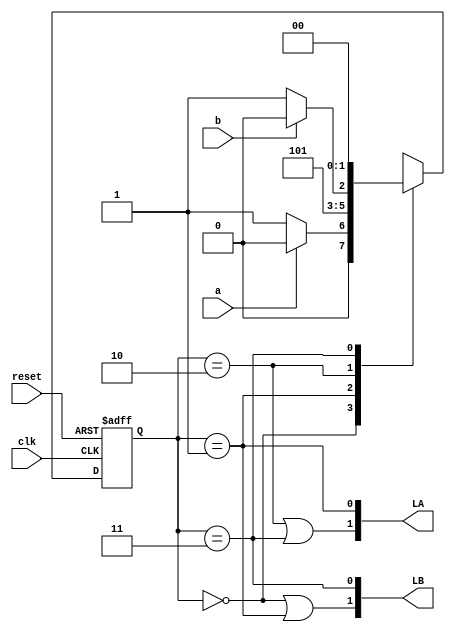
module TRAFFIC(
	input clk,reset,
	input a,b,
	output [1:0]LA,LB
);

	reg [1:0]state,nextstate;
	parameter S0 = 2'b00;
	parameter S1 = 2'b01;
	parameter S2 = 2'b10;
	parameter S3 = 2'b11;

   always@ (posedge clk, posedge reset)
		if (reset) state <= S0;
		else       state <= nextstate;

	always@ (*)
		case(state)
			S0: if(a) nextstate = S0;
				 else  nextstate = S1;
			S1:       nextstate = S2;
			S2: if(b) nextstate = S2;
				 else  nextstate = S3;
			S3:       nextstate = S0;
			default:  nextstate = S0;
		endcase
		
	assign LA[1] = (state == S2) | (state == S3);
	assign LA[0] = (state == S1);
	assign LB[1] = (state == S0) | (state == S1);
	assign LB[0] = (state == S3);
	
endmodule